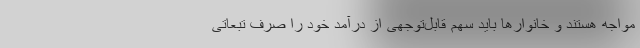
مواجه هستند و خانوارها باید سهم قابل‌توجهی از درآمد خود را صرف تبعاتی